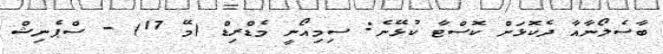
ބާސެލޯނާއާ ދެކޮޅަށް ކޮސްޓާ ކުޅޭނެ: ސިމިއޯނީ މެޑްރިޑް (މޭ 17) - ސްޕެނިޝް